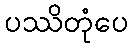
ပဿိတုံပေ